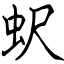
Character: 蚇